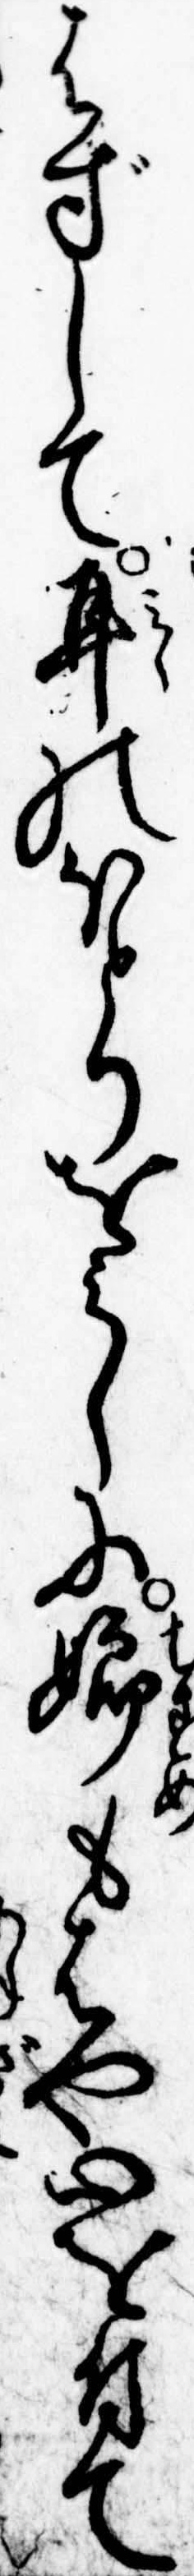
はずして耳のほとりをみしに娘もはや心を付て